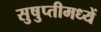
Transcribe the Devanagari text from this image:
सुषुप्तीमध्यें